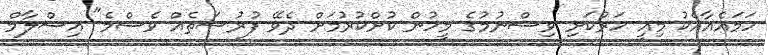
ހަމައެއާއެކު މިއީ ހަރުކަށި ވިސްނުމުގެ މީހުން ކުށްކުރުމަށް ދެވޭ ފުރުސަތެއް ވެސްމެ" އިސްލާމް